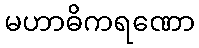
မဟာဓိကရဏော